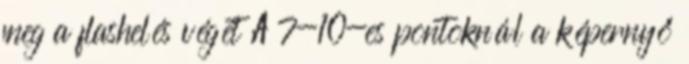
meg a flashelés végét A 7-10-es pontoknál a képernyő